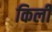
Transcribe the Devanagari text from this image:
किली